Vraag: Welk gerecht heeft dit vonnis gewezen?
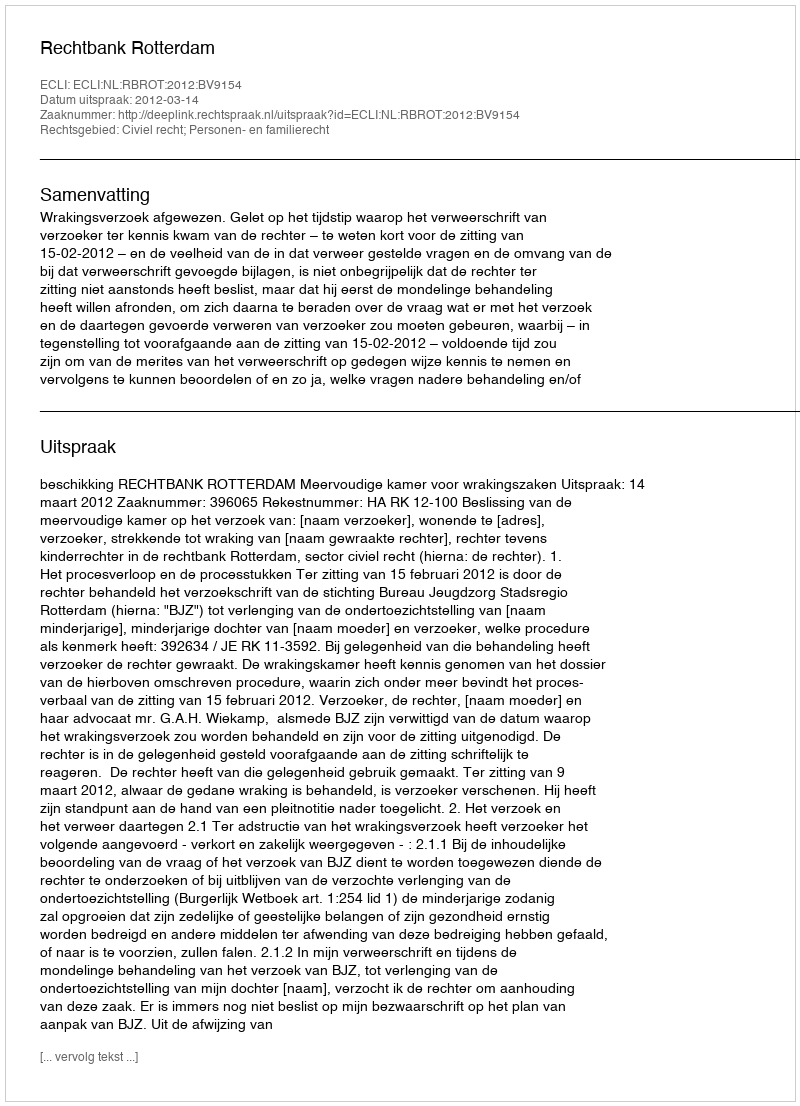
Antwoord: Rechtbank Rotterdam